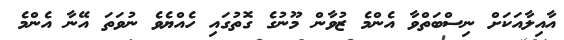
އާއިލާއަކަށް ނިސްބަތްވާ އެންމެ ޒުވާން މޫނުގެ ގޮތުގައި ހެއްޔެވެ ނުވަތަ އޭނާ އެންމެ